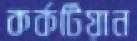
কর্কটিয়ান